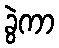
ခွဲကာ